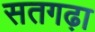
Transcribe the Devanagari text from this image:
सतगढ़ा